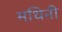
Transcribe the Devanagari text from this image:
मथिनी